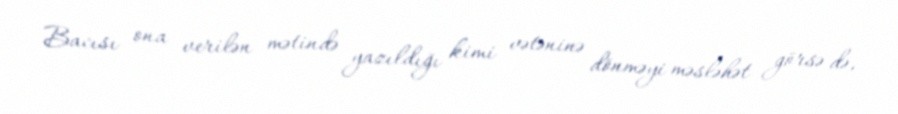
Bacısı ona verilən mətində yazıldığı kimi vətəninə dönməyi məsləhət görsə də,